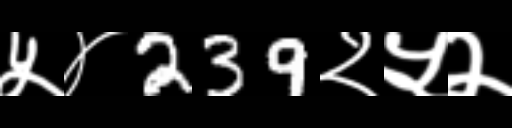
Text: ५४239२५२